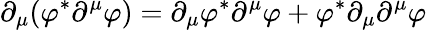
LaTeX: \partial_{\mu}(\varphi^{*}\partial^{\mu}\varphi)=\partial_{\mu}\varphi^{*}\partial^{\mu}\varphi+\varphi^{*}\partial_{\mu}\partial^{\mu}\varphi